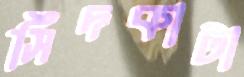
সিঁদকাটা